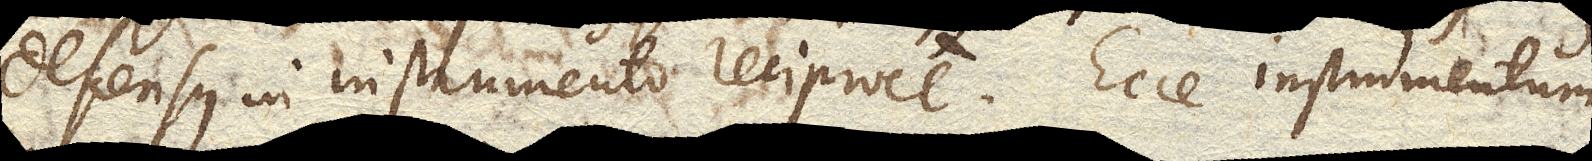
descensus in instrumento reciproce. Ecce instrumentum